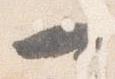
一